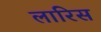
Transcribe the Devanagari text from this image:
लारिस